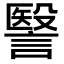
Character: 𧫦